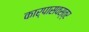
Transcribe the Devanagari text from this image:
कार्पासवस्त्र